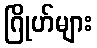
ဂြိုဟ်များ